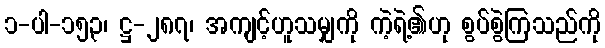
၁-ပါ-၁၅၃၊ ဋ္ဌ-၂၈၇၊ အကျင့်ဟူသမျှကို ကဲ့ရဲ့၏ဟု စွပ်စွဲကြသည်ကို